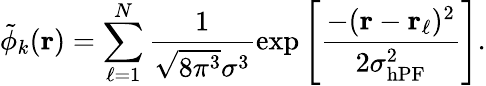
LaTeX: \tilde{\phi}_{k}(\mathbf{r})=\sum_{\ell=1}^{N}\frac{1}{\sqrt{8\pi^{3}}\sigma^{3}}\exp\left[\frac{-(\mathbf{r}-\mathbf{r}_{\ell})^{2}}{2\sigma_{\mathrm{hPF}}^{2}}\right].